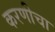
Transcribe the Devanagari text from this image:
करणीचा